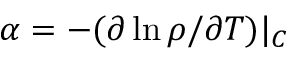
\alpha = - ( \partial \ln \rho / \partial T ) | _ { C }